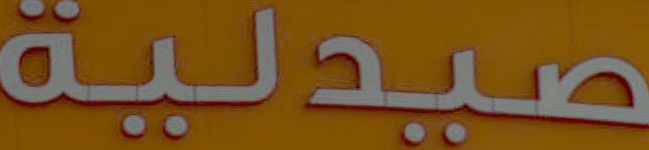
صيدلية